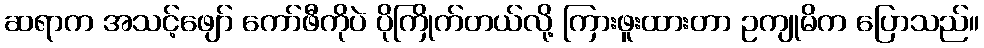
ဆရာက အသင့်ဖျော် ကော်ဖီကိုပဲ ပိုကြိုက်တယ်လို့ ကြားဖူးထားတာ ဥကျုမိက ပြောသည်။